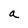
Character: a